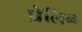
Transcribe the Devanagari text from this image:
घ्रेलिन